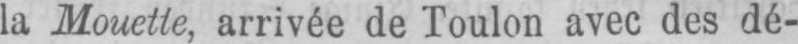
la Mouette, arrivée de Toulon avec des dé-